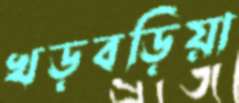
খড়বড়িয়া